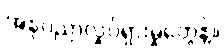
အနုပညာလှုပ်ရှားမှုတွေနဲ့။